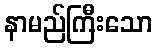
နာမည်ကြီးသော